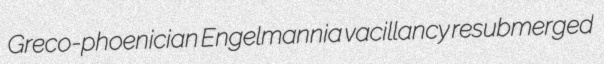
Greco-phoenician Engelmannia vacillancy resubmerged